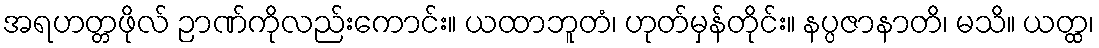
အရဟတ္တဖိုလ် ဉာဏ်ကိုလည်းကောင်း။ ယထာဘူတံ၊ ဟုတ်မှန်တိုင်း။ နပ္ပဇာနာတိ၊ မသိ။ ယတ္ထ၊